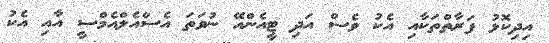
އިދިކޮޅު ފަރާތްތަކާއި އެކު ވެސް އަދި ޓީއެންއޭ ނުވަތަ އެސްއެލްއެމްސީ އާއި އެކު